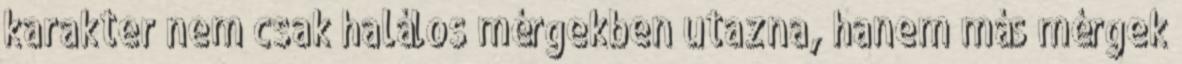
karakter nem csak halálos mérgekben utazna, hanem más mérgek